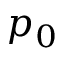
p _ { 0 }